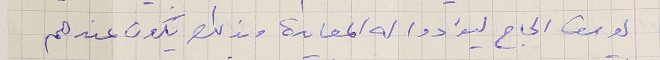
يوسف الحاج ليؤادوا له المعايدة وبذلك يكون عندهم